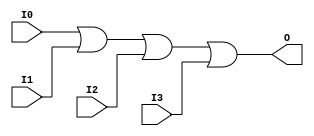
module X_OR4 (O, I0, I1, I2, I3);

  parameter LOC = "UNPLACED";
  output O;
  input I0, I1, I2, I3;

  or (O, I0, I1, I2, I3);

  specify

	(I0 => O) = (0:0:0, 0:0:0);
	(I1 => O) = (0:0:0, 0:0:0);
	(I2 => O) = (0:0:0, 0:0:0);
	(I3 => O) = (0:0:0, 0:0:0);

	specparam PATHPULSE$ = 0;

  endspecify

endmodule